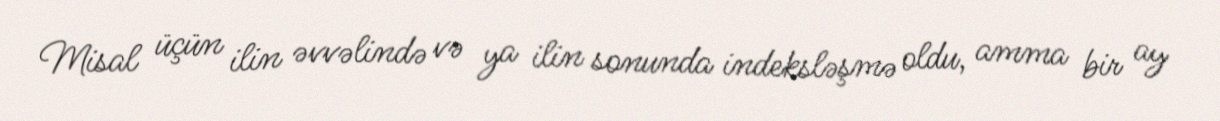
Misal üçün ilin əvvəlində və ya ilin sonunda indeksləşmə oldu, amma bir ay